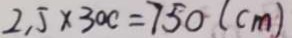
2 . 5 \times 3 0 c = 7 5 0 ( c m )